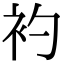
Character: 𧘑